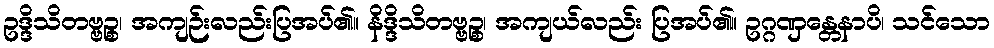
ဥဒ္ဒိသိတဗ္ဗဉ္စ၊ အကျဉ်းလည်းပြအပ်၏။ နိဒ္ဒိသိတဗ္ဗဉ္စ၊ အကျယ်လည်း ပြအပ်၏။ ဥဂ္ဂဏှန္တေနာပိ၊ သင်သော